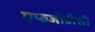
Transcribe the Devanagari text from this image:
एफजीडीसी